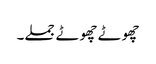
چھوٹے چھوٹے جملے۔